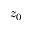
z _ { 0 }